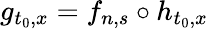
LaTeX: g_{t_{0},x}=f_{n,s}\circ h_{t_{0},x}